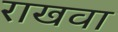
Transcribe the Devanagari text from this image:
राखवा